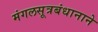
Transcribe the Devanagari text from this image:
मंगलसूत्रबंधानाने